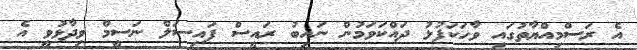
އެ ރަސްމިއްޔާތުގައި ވާހަކަފުޅު ދައްކަވަމުން ނައިބު ރައީސް ފައިސަލް ނަސީމް ވިދާޅުވީ އެ